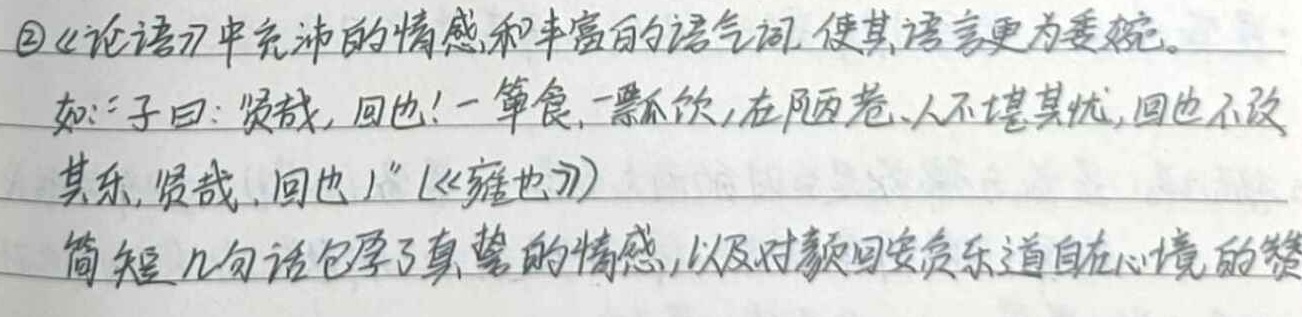
《论语》中充沛的情感和丰富的语气词，使其语言更为委婉。如：“子曰：贤哉，回也！一箪食，一瓢饮，在陋巷，人不堪其忧，回也不改其乐，贤哉，回也！”（《雍也》）简短几句话包孕了真挚的情感，以及对颜回安贫乐道自在心境的赞